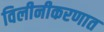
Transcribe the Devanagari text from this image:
विलीनीकरणात